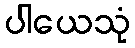
ပါယေသုံ